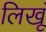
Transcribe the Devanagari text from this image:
लिखूं